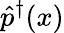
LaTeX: \hat{p}^{\dagger}(x)